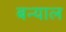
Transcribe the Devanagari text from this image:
बन्‍याल